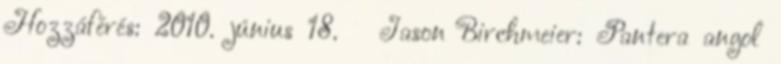
Hozzáférés: 2010. június 18. ↑ Jason Birchmeier: Pantera angol